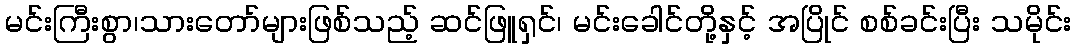
မင်းကြီးစွာ၊သားတော်များဖြစ်သည့် ဆင်ဖြူရှင်၊ မင်းခေါင်တို့နှင့် အပြိုင် စစ်ခင်းပြီး သမိုင်း